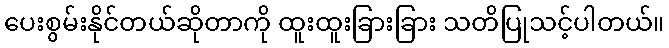
ပေးစွမ်းနိုင်တယ်ဆိုတာကို ထူးထူးခြားခြား သတိပြုသင့်ပါတယ်။